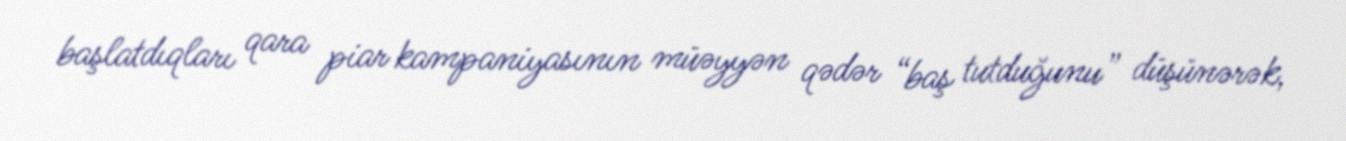
başlatdıqları qara piar kampaniyasının müəyyən qədər “baş tutduğunu” düşünərək,